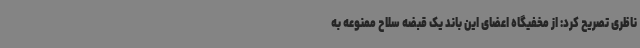
ناظری تصریح کرد: از مخفیگاه اعضای این باند یک قبضه سلاح ممنوعه به